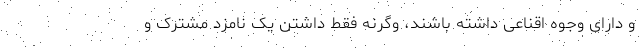
و دارای وجوه اقناعی داشته باشند، وگرنه فقط داشتن یک نامزد مشترک و